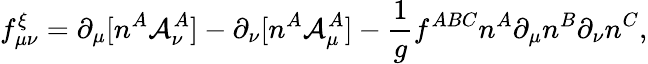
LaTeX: f_{\mu\nu}^{\xi}=\partial_{\mu}[n^{A}{\cal A}_{\nu}^{A}]-\partial_{\nu}[n^{A}{\cal A}_{\mu}^{A}]-{\frac{1}{g}}f^{ABC}n^{A}\partial_{\mu}n^{B}\partial_{\nu}n^{C},